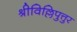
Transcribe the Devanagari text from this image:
श्रीविल्लिपुत्तुर